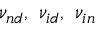
{ \nu _ { n d } } , \ { \nu _ { i d } } , \ { \nu _ { i n } }